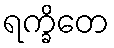
ရက္ခိတေ